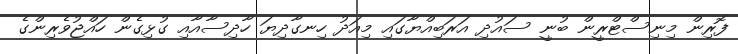
ފޮރިން މިނިސްޓްރީން ބުނީ ސައުދި އަރަބިއްޔާގައި މިއަދު ހިނގާދިޔަ ހާދިސާއާއި ގުޅިގެން ހައްޖުވެރިންގެ